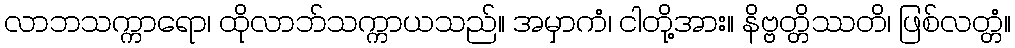
လာဘသက္ကာရော၊ ထိုလာဘ်သက္ကာယသည်။ အမှာကံ၊ ငါတို့အား။ နိဗ္ဗတ္တိဿတိ၊ ဖြစ်လတ္တံ။